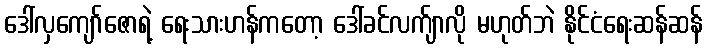
ဒေါ်လှကျော်ဇောရဲ့ ရေးသားဟန်ကတော့ ဒေါ်ခင်လက်ျာလို မဟုတ်ဘဲ နိုင်ငံရေးဆန်ဆန်